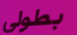
بطولي